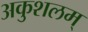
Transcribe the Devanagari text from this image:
अकुशलम्